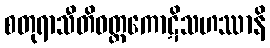
စတုရာသီတိဝတ္ထကောဋိသဟဿာနိ